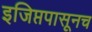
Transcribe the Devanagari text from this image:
इजिप्तपासूनच